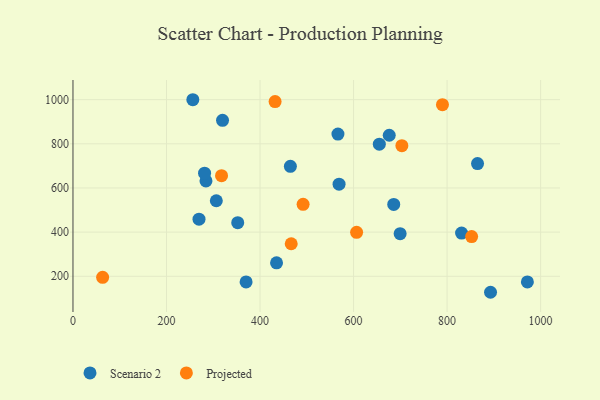
{"axis": {"x": "Investment", "y": "Yield"}, "legend": ["Projected", "Scenario 2"], "data": [{"x": "464.9", "y": 698.2, "type": "Scenario 2"}, {"x": "699.6", "y": 393.0, "type": "Scenario 2"}, {"x": "892.9", "y": 127.6, "type": "Scenario 2"}, {"x": "370.2", "y": 174.6, "type": "Scenario 2"}, {"x": "284.4", "y": 632.0, "type": "Scenario 2"}, {"x": "319.8", "y": 906.2, "type": "Scenario 2"}, {"x": "971.7", "y": 174.7, "type": "Scenario 2"}, {"x": "352.3", "y": 442.9, "type": "Scenario 2"}, {"x": "281.4", "y": 667.2, "type": "Scenario 2"}, {"x": "569.0", "y": 617.2, "type": "Scenario 2"}, {"x": "685.9", "y": 525.5, "type": "Scenario 2"}, {"x": "655.1", "y": 798.6, "type": "Scenario 2"}, {"x": "676.3", "y": 838.7, "type": "Scenario 2"}, {"x": "256.3", "y": 999.7, "type": "Scenario 2"}, {"x": "306.5", "y": 542.1, "type": "Scenario 2"}, {"x": "566.6", "y": 844.0, "type": "Scenario 2"}, {"x": "865.1", "y": 710.3, "type": "Scenario 2"}, {"x": "435.3", "y": 261.2, "type": "Scenario 2"}, {"x": "269.5", "y": 458.7, "type": "Scenario 2"}, {"x": "831.0", "y": 395.8, "type": "Scenario 2"}, {"x": "317.7", "y": 655.5, "type": "Projected"}, {"x": "606.5", "y": 399.0, "type": "Projected"}, {"x": "703.3", "y": 791.7, "type": "Projected"}, {"x": "492.1", "y": 525.9, "type": "Projected"}, {"x": "466.7", "y": 347.3, "type": "Projected"}, {"x": "852.5", "y": 379.7, "type": "Projected"}, {"x": "790.1", "y": 977.2, "type": "Projected"}, {"x": "432.2", "y": 991.4, "type": "Projected"}, {"x": "63.4", "y": 195.5, "type": "Projected"}]}